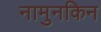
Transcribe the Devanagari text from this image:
नामुनकिन